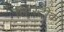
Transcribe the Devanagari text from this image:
लिप्स्टीक